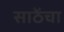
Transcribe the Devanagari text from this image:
साठेंचा